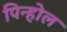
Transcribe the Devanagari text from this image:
पिन्होल